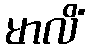
မာလိံ